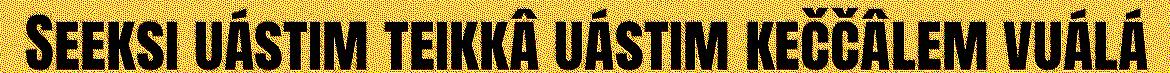
Seeksi uástim teikkâ uástim keččâlem vuálá